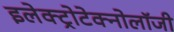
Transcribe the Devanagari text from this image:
इलेक्ट्रोटेक्नोलॉजी